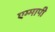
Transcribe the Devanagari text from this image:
एम्मापी